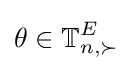
\theta \in \mathbb {T} _{n,\succ }^{E}